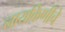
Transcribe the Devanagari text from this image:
नायकिणींचे